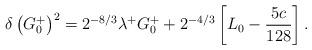
LaTeX: \begin{align*}\delta\left(G^+_0\right)^2=2^{-8/3}\lambda^+ G^+_0+2^{-4/3} \left[L_0-{5c\over128}\right] .\end{align*}